Assam Mental Hospital (Tezpur, India) - 1933-1948
Year: 1933
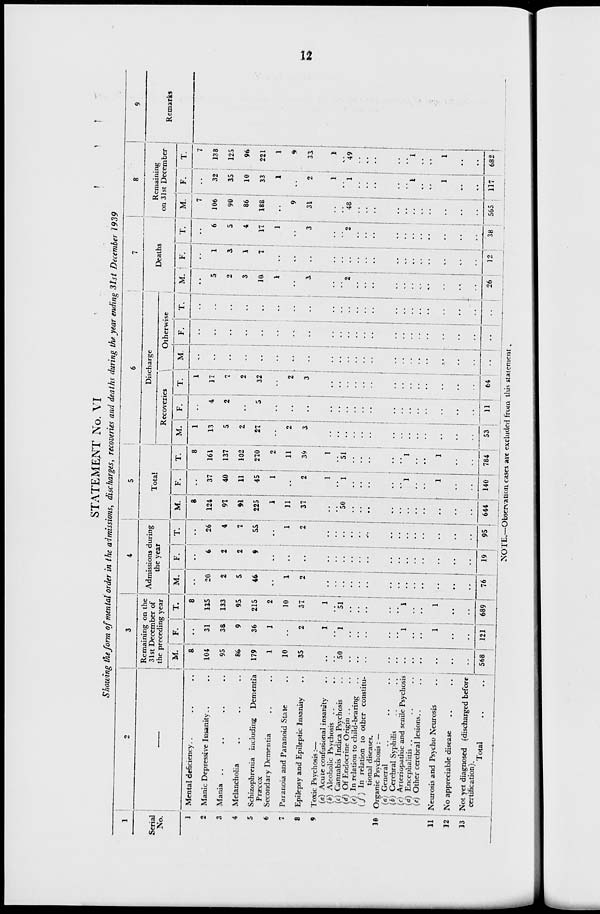
12
STATEMENT No. VI
Showing the form of mental order in the admissions, discharges, recoveries and deaths during the year ending 31st December 1939
1
Serial
No.
1
2
3
4
5
6
7
8
9
10
11
12
13
2
–––
Mental deficiency .. .. ..
Manic Depressive Insanity .. ..
Mania .. .. .. ..
Melancholia .. .. ..
Schizophrenia including
Dementia
Præcox
Secondary Dementia .. ..
Paranoia and Paranoid State ..
Epilepsy and Epileptic Insanity ..
Toxic Psychosis:—
(a) Acute confusional insanity ..
(b) Alcoholic Psychosis
..
(c) Cannabis Indica Psychosis ..
(d) Of Endocrine Origin .. ..
(e) In relation to child-bearing ..
(f) In relation to other constitu-
tional diseases.
Organic Psychosis: —
(a) General .. .. ..
(b) Cerebral Syphilis .. ..
(c) Arteriopathic and senile Psychosis
(d) Encephalitis .. .. ..
(e) Other cerebral lesions .. ..
Neurosis and Psycho Neurosis ..
No appreciable disease .. ..
Not yet diagnosed (discharged before
certification).
Total .. ..
3
Remaining on the
31st December of
the preceding year
M.
8
104
95
86
179
1
10
35
..
..
50
..
..
..
..
..
..
..
..
..
..
..
568
F.
..
31
38
9
36
1
..
2
1
..
1
..
..
..
..
..
1
..
..
1
..
..
121
T.
8
135
133
95
215
2
10
37
1
..
51
..
..
..
..
..
1
..
..
1
. .
..
689
4
Admissions during
the year
M.
..
20
2
5
46
..
1
2
..
..
..
..
..
..
..
..
..
..
..
..
..
..
76
F.
..
6
2
2
9
..
..
..
..
..
..
..
..
..
..
..
..
..
..
..
..
..
19
T.
..
26
4
7
55
..
1
2
..
..
..
..
..
..
..
..
..
..
..
..
..
..
95
5
Total
M.
8
124
97
91
225
1
11
37
..
..
50
. .
..
..
..
..
..
..
..
..
..
..
644
F.
..
37
40
11
45
1
..
2
1
..
1
..
..
..
..
..
1
..
..
1
..
..
140
T.
8
161
137
102
270
2
11
39
1
..
51
..
..
..
..
..
1
..
..
..
..
..
784
6
Discharge
Recoveries
M.
1
13
5
2
27
..
2
3
..
..
..
..
..
..
..
..
..
..
..
..
..
..
53
F.
..
4
2
..
5
..
..
..
. .
..
..
..
..
..
..
..
..
..
..
..
..
..
11
T.
1
17
7
2
32
..
2
3
..
..
..
..
..
..
..
..
..
..
..
..
..
..
64
Otherwise
M.
..
..
..
..
..
..
..
..
..
..
.. .
..
..
..
..
..
..
..
..
..
..
..
..
F.
..
..
..
..
..
..
..
..
..
..
..
..
..
..
..
..
..
..
..
..
..
..
..
T.
..
. .
..
..
..
..
..
..
..
..
..
..
..
..
..
..
..
..
..
..
..
..
7
Deaths
M.
..
5
2
3
10
1
..
3
..
..
2
..
..
..
..
. .
. . .
. .
..
. .
..
..
26
F.
..
1
3
1
7
..
..
..
..
..
..
..
..
..
..
..
..
..
..
..
..
..
12
T.
..
6
5
4
17
1
..
3
..
..
2
..
..
..
..
..
..
..
..
..
..
..
38
8
Remaining
on 31st December
M.
7
106
90
86
188
..
9
31
..
..
48
..
..
..
..
..
..
..
..
..
..
..
565
F.
..
32
35
10
33
1
..
2
1
..
1
..
..
..
..
..
1
..
..
1
..
..
117
T.
7
138
125
96
221
1
9
33
1
.. .
49
..
..
..
..
..
1
..
..
1
..
..
682
9
Remarks
NOTE.—Observation cases are excluded from this statement.